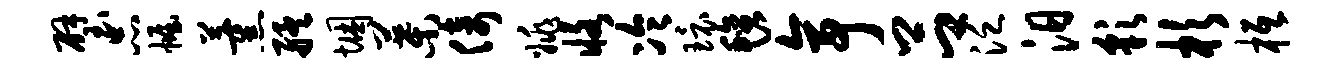
璧品幄薰艋悃叶倚姚恪冷环毡亭吕泛汨彩杉柢